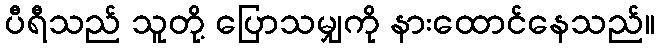
ပီရီသည် သူတို့ ပြောသမျှကို နားထောင်နေသည်။